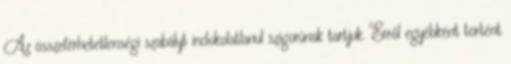
Az összeférhetetlenségi szabályt indokolatlanul szigorúnak tartjuk. Erről egyébként történt